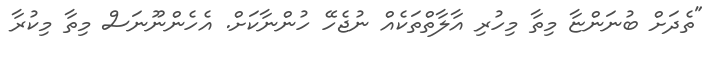
"ތެދަށް ބުނަންޏާ މިތާ މިހުރި އާލާތްތަކެއް ނުޖެހޭ ހުންނާކަށް. އެހެންނޫނަސް މިތާ މިކުރާ